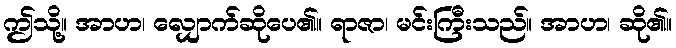
ဤသို့။ အာဟ၊ လျှောက်ဆိုပေ၏။ ရာဇာ၊ မင်းကြီးသည်။ အာဟ၊ ဆို၏။